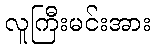
လူကြီးမင်းအား